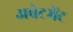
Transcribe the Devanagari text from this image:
अबेटमेंट